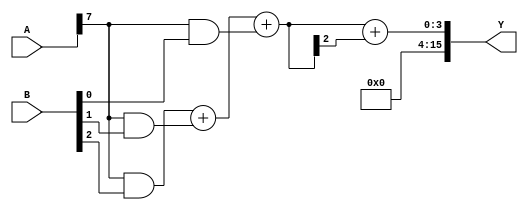
module fixed_point_wallace_tree_multiplier #(
    parameter N = 8 // Bit width for fixed-point numbers (A and B)
)(
    input  [N-1:0] A, // Fixed-point number A
    input  [N-1:0] B, // Fixed-point number B
    output [2*N-1:0] Y // Product output
);

    // Partial product generation
    wire [N-1:0] pp [0:N-1]; // Partial products
    genvar i, j;
    generate
        for (i = 0; i < N; i = i + 1) begin : gen_partial_products
            for (j = 0; j < N; j = j + 1) begin : gen_pp
                assign pp[i][j] = A[j] & B[i]; // AND operation for partial product
            end
        end
    endgenerate

    // Wallace tree reduction
    wire [2*N-1:0] sum [0:N-1]; // Sums at each stage
    wire [N-1:0] carry [0:N-1]; // Carries at each stage

    // First stage: Combine partial products using half and full adders
    generate
        for (i = 0; i < N; i = i + 1) begin : stage1
            if (i == 0) begin
                assign sum[i] = {1'b0, pp[0][i], pp[1][i]}; // Initial sum
                assign carry[i] = 0;
            end else begin
                wire [2:0] inputs = {pp[0][i], pp[1][i], pp[2][i]};
                wire [1:0] temp_sum;
                wire temp_carry;

                // Full adder for three inputs
                assign {temp_carry, temp_sum} = inputs[0] + inputs[1] + inputs[2];
                assign sum[i] = {temp_carry, temp_sum};
                assign carry[i] = temp_carry;
            end
        end
    endgenerate

    // Second stage: Further reduction
    wire [2*N-1:0] final_sum;
    wire final_carry;

    // Final addition of the last two sums
    assign {final_carry, final_sum} = sum[N-1] + carry[N-1];

    // Output the final product
    assign Y = final_sum;

endmodule